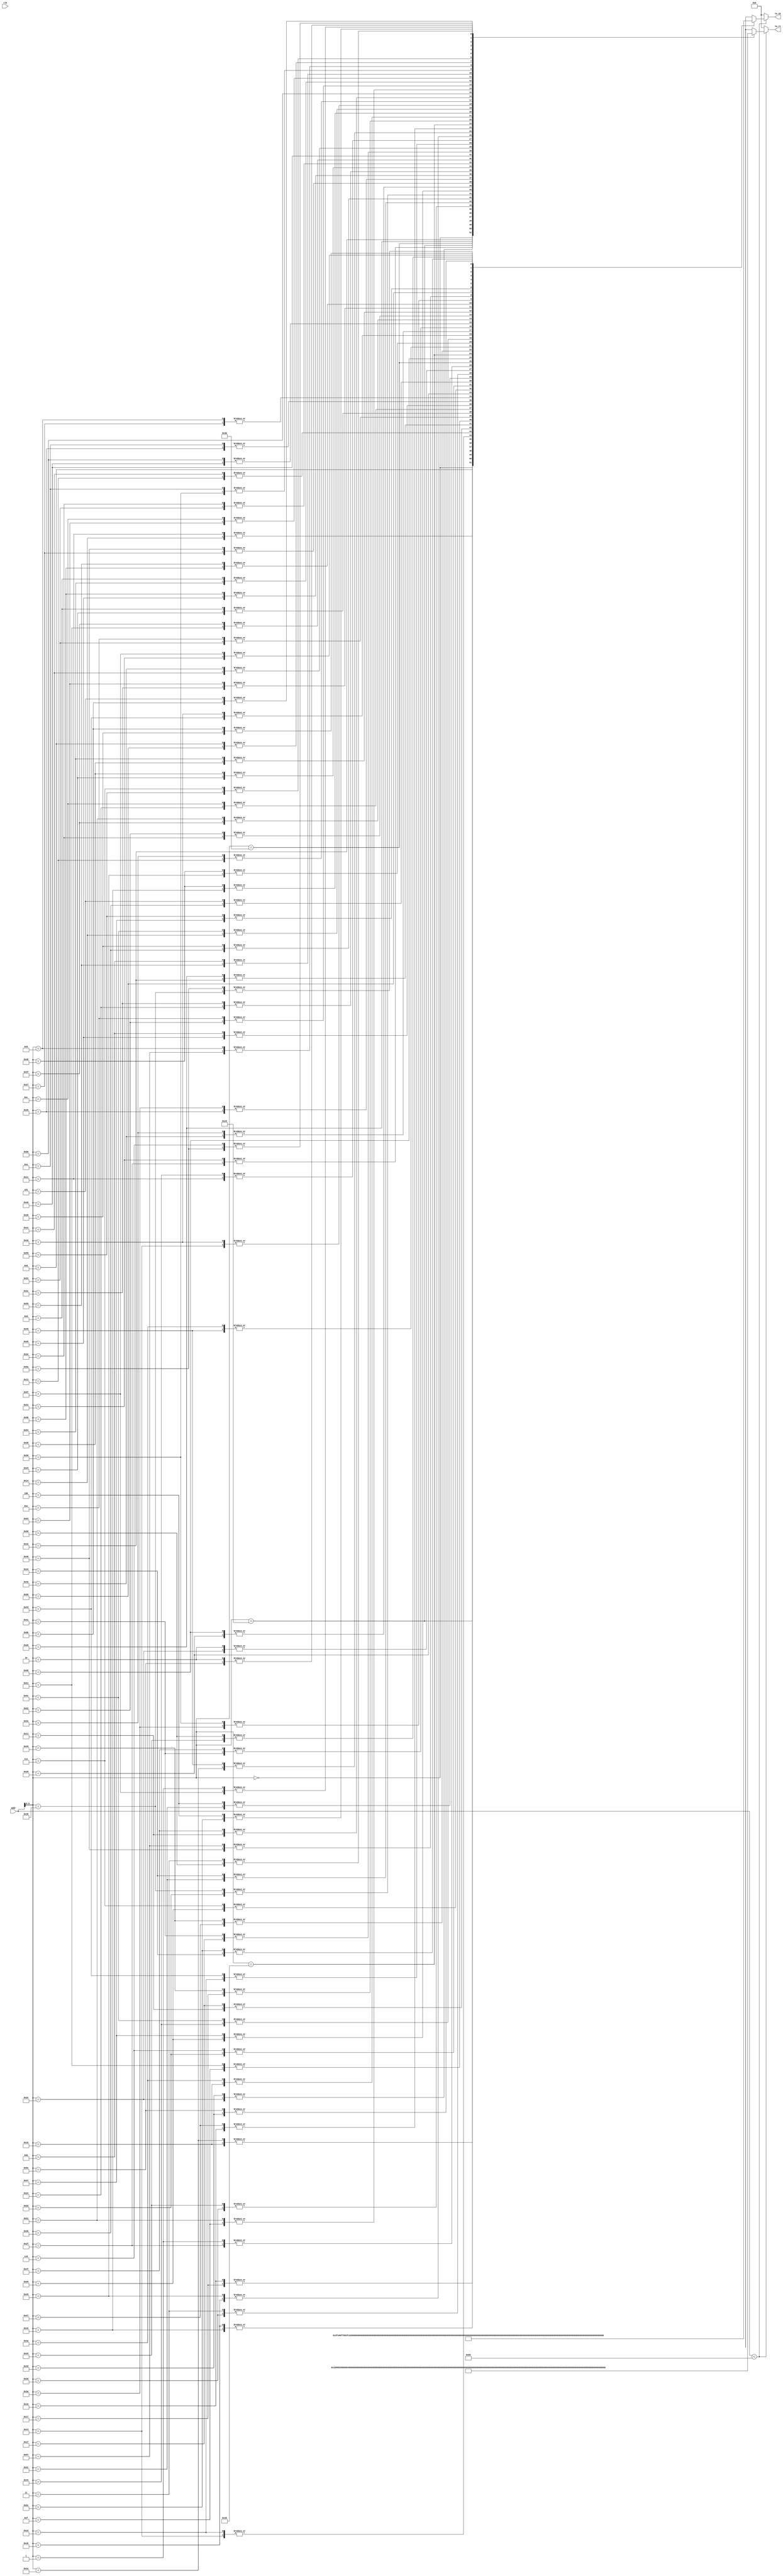
module Twiddle96 #(
    parameter   TW_FF = 0   //  Use Output Register
)(
    input           clk,  //  Master Clock
    input   [10:0]   addr,   //  Twiddle Factor Number
    output  [17:0]  tw_re,  //  Twiddle Factor (Real)
    output  [17:0]  tw_im   //  Twiddle Factor (Imag)
);

wire[17:0]  wn_re[0:95];   //  Twiddle Table (Real)
wire[17:0]  wn_im[0:95];   //  Twiddle Table (Imag)
wire[17:0]  mx_re;          //  Multiplexer output (Real)
wire[17:0]  mx_im;          //  Multiplexer output (Imag)
reg [17:0]  ff_re;          //  Register output (Real)
reg [17:0]  ff_im;          //  Register output (Imag)

assign  mx_re = addr<96 ? wn_re[addr] : 0;
assign  mx_im = addr<96 ? wn_im[addr] : 0;

always @(posedge clk) begin
    ff_re <= mx_re;
    ff_im <= mx_im;
end

assign  tw_re = TW_FF ? ff_re : mx_re;
assign  tw_im = TW_FF ? ff_im : mx_im;
assign wn_re[0] = 18'b000000010000000000; assign wn_im[0] = 18'b000000000000000000; 
assign wn_re[1] = 18'b000000001111111101; assign wn_im[1] = 18'b111111111110111101; 
assign wn_re[2] = 18'b000000001111110111; assign wn_im[2] = 18'b111111111101111010; 
assign wn_re[3] = 18'b000000001111101100; assign wn_im[3] = 18'b111111111100111000; 
assign wn_re[4] = 18'b000000001111011101; assign wn_im[4] = 18'b111111111011110110; 
assign wn_re[5] = 18'b000000001111001001; assign wn_im[5] = 18'b111111111010110110; 
assign wn_re[6] = 18'b000000001110110010; assign wn_im[6] = 18'b111111111001111000; 
assign wn_re[7] = 18'b000000001110010110; assign wn_im[7] = 18'b111111111000111011; 
assign wn_re[8] = 18'b000000001101110110; assign wn_im[8] = 18'b111111111000000000; 
assign wn_re[9] = 18'b000000001101010011; assign wn_im[9] = 18'b111111110111000111; 
assign wn_re[10] = 18'b000000001100101100; assign wn_im[10] = 18'b111111110110010000; 
assign wn_re[11] = 18'b000000001100000001; assign wn_im[11] = 18'b111111110101011100; 
assign wn_re[12] = 18'b000000001011010100; assign wn_im[12] = 18'b111111110100101011; 
assign wn_re[13] = 18'b000000001010100011; assign wn_im[13] = 18'b111111110011111110; 
assign wn_re[14] = 18'b000000001001101111; assign wn_im[14] = 18'b111111110011010011; 
assign wn_re[15] = 18'b000000001000111000; assign wn_im[15] = 18'b111111110010101100; 
assign wn_re[16] = 18'b000000001000000000; assign wn_im[16] = 18'b111111110010001001; 
assign wn_re[17] = 18'b000000000111000100; assign wn_im[17] = 18'b111111110001101001; 
assign wn_re[18] = 18'b000000000110000111; assign wn_im[18] = 18'b111111110001001101; 
assign wn_re[19] = 18'b000000000101001001; assign wn_im[19] = 18'b111111110000110110; 
assign wn_re[20] = 18'b000000000100001001; assign wn_im[20] = 18'b111111110000100010; 
assign wn_re[21] = 18'b000000000011000111; assign wn_im[21] = 18'b111111110000010011; 
assign wn_re[22] = 18'b000000000010000101; assign wn_im[22] = 18'b111111110000001000; 
assign wn_re[23] = 18'b000000000001000010; assign wn_im[23] = 18'b111111110000000010; 
assign wn_re[24] = 18'b000000000000000000; assign wn_im[24] = 18'b111111110000000000; 
assign wn_re[25] = 18'b111111111110111101; assign wn_im[25] = 18'b111111110000000010; 
assign wn_re[26] = 18'b111111111101111010; assign wn_im[26] = 18'b111111110000001000; 
assign wn_re[27] = 18'b111111111100111000; assign wn_im[27] = 18'b111111110000010011; 
assign wn_re[28] = 18'b111111111011110110; assign wn_im[28] = 18'b111111110000100010; 
assign wn_re[29] = 18'b111111111010110110; assign wn_im[29] = 18'b111111110000110110; 
assign wn_re[30] = 18'b111111111001111000; assign wn_im[30] = 18'b111111110001001101; 
assign wn_re[31] = 18'b111111111000111011; assign wn_im[31] = 18'b111111110001101001; 
assign wn_re[32] = 18'b111111111000000000; assign wn_im[32] = 18'b111111110010001001; 
assign wn_re[33] = 18'b111111110111000111; assign wn_im[33] = 18'b111111110010101100; 
assign wn_re[34] = 18'b111111110110010000; assign wn_im[34] = 18'b111111110011010011; 
assign wn_re[35] = 18'b111111110101011100; assign wn_im[35] = 18'b111111110011111110; 
assign wn_re[36] = 18'b111111110100101011; assign wn_im[36] = 18'b111111110100101011; 
assign wn_re[37] = 18'b111111110011111110; assign wn_im[37] = 18'b111111110101011100; 
assign wn_re[38] = 18'b111111110011010011; assign wn_im[38] = 18'b111111110110010000; 
assign wn_re[39] = 18'b111111110010101100; assign wn_im[39] = 18'b111111110111000111; 
assign wn_re[40] = 18'b111111110010001001; assign wn_im[40] = 18'b111111110111111111; 
assign wn_re[41] = 18'b111111110001101001; assign wn_im[41] = 18'b111111111000111011; 
assign wn_re[42] = 18'b111111110001001101; assign wn_im[42] = 18'b111111111001111000; 
assign wn_re[43] = 18'b111111110000110110; assign wn_im[43] = 18'b111111111010110110; 
assign wn_re[44] = 18'b111111110000100010; assign wn_im[44] = 18'b111111111011110110; 
assign wn_re[45] = 18'b111111110000010011; assign wn_im[45] = 18'b111111111100111000; 
assign wn_re[46] = 18'b111111110000001000; assign wn_im[46] = 18'b111111111101111010; 
assign wn_re[47] = 18'b111111110000000010; assign wn_im[47] = 18'b111111111110111101; 
assign wn_re[48] = 18'b111111110000000000; assign wn_im[48] = 18'b111111111111111111; 
assign wn_re[49] = 18'b111111110000000010; assign wn_im[49] = 18'b000000000001000010; 
assign wn_re[50] = 18'b111111110000001000; assign wn_im[50] = 18'b000000000010000101; 
assign wn_re[51] = 18'b111111110000010011; assign wn_im[51] = 18'b000000000011000111; 
assign wn_re[52] = 18'b111111110000100010; assign wn_im[52] = 18'b000000000100001001; 
assign wn_re[53] = 18'b111111110000110110; assign wn_im[53] = 18'b000000000101001001; 
assign wn_re[54] = 18'b111111110001001101; assign wn_im[54] = 18'b000000000110000111; 
assign wn_re[55] = 18'b111111110001101001; assign wn_im[55] = 18'b000000000111000100; 
assign wn_re[56] = 18'b111111110010001001; assign wn_im[56] = 18'b000000000111111111; 
assign wn_re[57] = 18'b111111110010101100; assign wn_im[57] = 18'b000000001000111000; 
assign wn_re[58] = 18'b111111110011010011; assign wn_im[58] = 18'b000000001001101111; 
assign wn_re[59] = 18'b111111110011111110; assign wn_im[59] = 18'b000000001010100011; 
assign wn_re[60] = 18'b111111110100101011; assign wn_im[60] = 18'b000000001011010100; 
assign wn_re[61] = 18'b111111110101011100; assign wn_im[61] = 18'b000000001100000001; 
assign wn_re[62] = 18'b111111110110010000; assign wn_im[62] = 18'b000000001100101100; 
assign wn_re[63] = 18'b111111110111000111; assign wn_im[63] = 18'b000000001101010011; 
assign wn_re[64] = 18'b111111110111111111; assign wn_im[64] = 18'b000000001101110110; 
assign wn_re[65] = 18'b111111111000111011; assign wn_im[65] = 18'b000000001110010110; 
assign wn_re[66] = 18'b111111111001111000; assign wn_im[66] = 18'b000000001110110010; 
assign wn_re[67] = 18'b111111111010110110; assign wn_im[67] = 18'b000000001111001001; 
assign wn_re[68] = 18'b111111111011110110; assign wn_im[68] = 18'b000000001111011101; 
assign wn_re[69] = 18'b111111111100111000; assign wn_im[69] = 18'b000000001111101100; 
assign wn_re[70] = 18'b111111111101111010; assign wn_im[70] = 18'b000000001111110111; 
assign wn_re[71] = 18'b111111111110111101; assign wn_im[71] = 18'b000000001111111101; 
assign wn_re[72] = 18'b111111111111111111; assign wn_im[72] = 18'b000000010000000000; 
assign wn_re[73] = 18'b000000000001000010; assign wn_im[73] = 18'b000000001111111101; 
assign wn_re[74] = 18'b000000000010000101; assign wn_im[74] = 18'b000000001111110111; 
assign wn_re[75] = 18'b000000000011000111; assign wn_im[75] = 18'b000000001111101100; 
assign wn_re[76] = 18'b000000000100001001; assign wn_im[76] = 18'b000000001111011101; 
assign wn_re[77] = 18'b000000000101001001; assign wn_im[77] = 18'b000000001111001001; 
assign wn_re[78] = 18'b000000000110000111; assign wn_im[78] = 18'b000000001110110010; 
assign wn_re[79] = 18'b000000000111000100; assign wn_im[79] = 18'b000000001110010110; 
assign wn_re[80] = 18'b000000000111111111; assign wn_im[80] = 18'b000000001101110110; 
assign wn_re[81] = 18'b000000001000111000; assign wn_im[81] = 18'b000000001101010011; 
assign wn_re[82] = 18'b000000001001101111; assign wn_im[82] = 18'b000000001100101100; 
assign wn_re[83] = 18'b000000001010100011; assign wn_im[83] = 18'b000000001100000001; 
assign wn_re[84] = 18'b000000001011010100; assign wn_im[84] = 18'b000000001011010100; 
assign wn_re[85] = 18'b000000001100000001; assign wn_im[85] = 18'b000000001010100011; 
assign wn_re[86] = 18'b000000001100101100; assign wn_im[86] = 18'b000000001001101111; 
assign wn_re[87] = 18'b000000001101010011; assign wn_im[87] = 18'b000000001000111000; 
assign wn_re[88] = 18'b000000001101110110; assign wn_im[88] = 18'b000000001000000000; 
assign wn_re[89] = 18'b000000001110010110; assign wn_im[89] = 18'b000000000111000100; 
assign wn_re[90] = 18'b000000001110110010; assign wn_im[90] = 18'b000000000110000111; 
assign wn_re[91] = 18'b000000001111001001; assign wn_im[91] = 18'b000000000101001001; 
assign wn_re[92] = 18'b000000001111011101; assign wn_im[92] = 18'b000000000100001001; 
assign wn_re[93] = 18'b000000001111101100; assign wn_im[93] = 18'b000000000011000111; 
assign wn_re[94] = 18'b000000001111110111; assign wn_im[94] = 18'b000000000010000101; 
assign wn_re[95] = 18'b000000001111111101; assign wn_im[95] = 18'b000000000001000010; 

endmodule